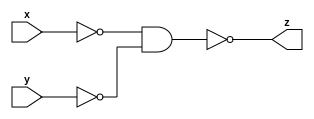
module orgate(z,x,y);
output z;
input x,y;
wire w1,w2;
nand(w1,x,x);
nand(w2,y,y);
nand(z,w1,w2);
endmodule